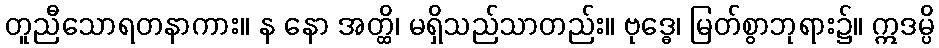
တူညီသောရတနာကား။ န နော အတ္ထိ၊ မရှိသည်သာတည်း။ ဗုဒ္ဓေ၊ မြတ်စွာဘုရား၌။ ဣဒမ္ပိ